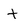
Character: t